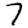
Digit: 7